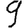
Digit: 9